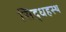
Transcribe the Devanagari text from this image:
सिद्धहस्थ